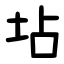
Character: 坫